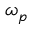
\omega _ { p }